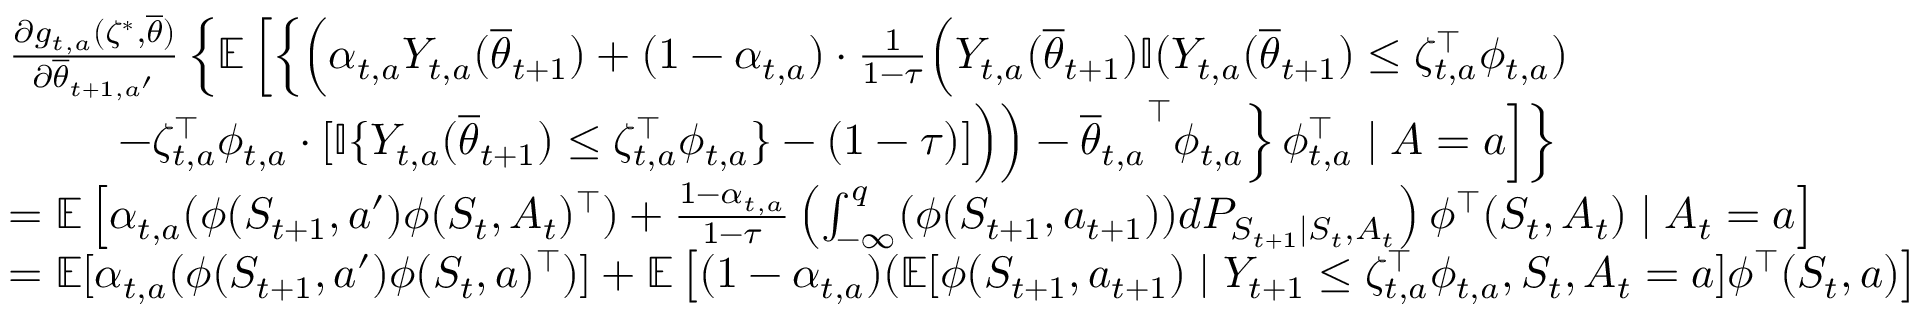
\begin{array} { r l } & { \frac { \partial g _ { t , a } ( \zeta ^ { * } , \overline { { \theta } } ) } { \partial \overline { { \theta } } _ { t + 1 , a ^ { \prime } } } \left\{ \mathbb E \left[ \left\{ \left( \alpha _ { t , a } { Y } _ { t , a } ( \overline { { \theta } } _ { t + 1 } ) + ( 1 - { \alpha } _ { t , a } ) \cdot \textstyle \frac { 1 } { 1 - \tau } \Big ( { Y } _ { t , a } ( \overline { { \theta } } _ { t + 1 } ) \mathbb { I } ( { Y } _ { t , a } ( \overline { { \theta } } _ { t + 1 } ) \leq \zeta _ { t , a } ^ { \top } \phi _ { t , a } ) \right. \right. \right. \right. } \\ & { \qquad \left. \left. \left. \left. - \zeta _ { t , a } ^ { \top } \phi _ { t , a } \cdot [ \mathbb { I } \{ { Y } _ { t , a } ( \overline { { \theta } } _ { t + 1 } ) \leq \zeta _ { t , a } ^ { \top } \phi _ { t , a } \} - ( 1 - \tau ) ] \Big ) \right) - { \overline { { \theta } } _ { t , a } } ^ { \top } \phi _ { t , a } \right\} \phi _ { t , a } ^ { \top } \mid A = a \right] \right\} } \\ & { = \mathbb E \left[ \alpha _ { t , a } ( \phi ( S _ { t + 1 } , a ^ { \prime } ) \phi ( S _ { t } , A _ { t } ) ^ { \top } ) + \frac { 1 - { \alpha } _ { t , a } } { 1 - \tau } \left( \int _ { - \infty } ^ { q } ( \phi ( S _ { t + 1 } , a _ { t + 1 } ) ) d P _ { S _ { t + 1 } \mid S _ { t } , A _ { t } } \right) \phi ^ { \top } ( S _ { t } , A _ { t } ) \mid A _ { t } = a \right] } \\ & { = \mathbb E [ \alpha _ { t , a } ( \phi ( S _ { t + 1 } , a ^ { \prime } ) \phi ( S _ { t } , a ) ^ { \top } ) ] + \mathbb E \left[ ( { 1 - { \alpha } _ { t , a } } ) ( \mathbb E [ \phi ( S _ { t + 1 } , a _ { t + 1 } ) \mid Y _ { t + 1 } \leq \zeta _ { t , a } ^ { \top } \phi _ { t , a } , S _ { t } , A _ { t } = a ] \phi ^ { \top } ( S _ { t } , a ) \right] } \end{array}